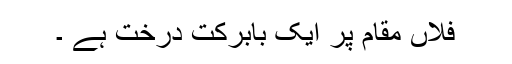
فلاں مقام پر ایک بابرکت درخت ہے ۔